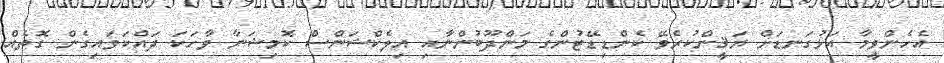
އެހެންވީމާ އަޅުގަނޑަށް ޔަޤީންކުރެވޭ ކެންޑިޑޭޓުންގެ މަންދޫބުންނާއި އިލެކްޝަންސް ކޮމިޝަނާ ވާހަކަ ދައްކަވައިގެން ގޮތެއް